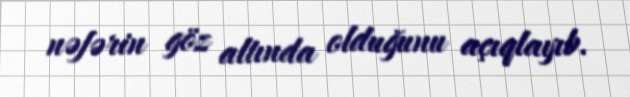
nəfərin göz altında olduğunu açıqlayıb.